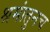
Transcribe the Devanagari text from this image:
श्रमांतुनच